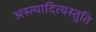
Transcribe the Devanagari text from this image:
अस्त्यादित्यस्तुति